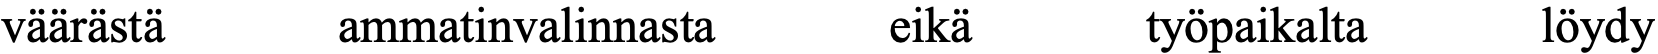
väärästä   ammatinvalinnasta eikä     työpaikalta  löydy